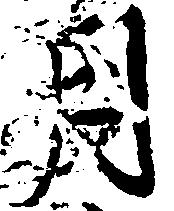
月